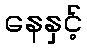
နေနှင့်